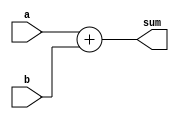
`timescale 1ns / 1ps
//////////////////////////////////////////////////////////////////////////////////
// Company: 
// Engineer: 
// 
// Design Name: 
// Module Name: adder22
// Project Name: 
// Target Devices: 
// Tool Versions: 
// Description: 
// 
// Dependencies: 
// 
// Revision:
// Revision 0.01 - File Created
// Additional Comments:
// 
//////////////////////////////////////////////////////////////////////////////////


module adder22(
    sum,a,b
    );
    output signed [21:0]sum;
    input signed [19:0] a;
    input signed [21:0] b;
    
    assign sum= a+b;
endmodule